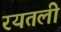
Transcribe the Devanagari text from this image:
रयतली